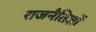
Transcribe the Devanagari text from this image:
राजनैतिज्ञों